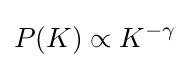
P(K)\propto K^{-\gamma }